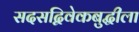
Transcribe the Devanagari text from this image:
सदसद्विवेकबुद्धीला